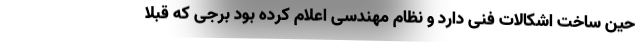
حین ساخت اشکالات فنی دارد و نظام مهندسی اعلام کرده بود برجی که قبلا